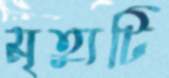
মৃত্যুটি